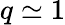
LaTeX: q\simeq 1